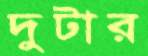
দুটার